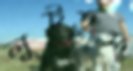
লুটতুম